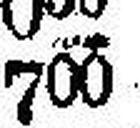
700